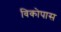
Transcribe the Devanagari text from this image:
विकोपास